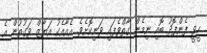
ހީވީ ފެންފޮދު ބޮއި ނިމެން ގާތްވެފައި ވަނިކޮށެވެ. އެއާއެކު އަޔާޒް ވަގުތުން އެ